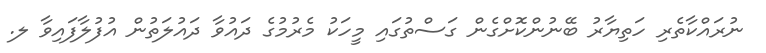
ނުރައްކާތެރި ހަތިޔާރު ބޭނުންކޮށްގެން ގަސްތުގައި މީހަކު މެރުމުގެ ދައުވާ ދައުލަތުން އުފުލާފައިވާ ލ.